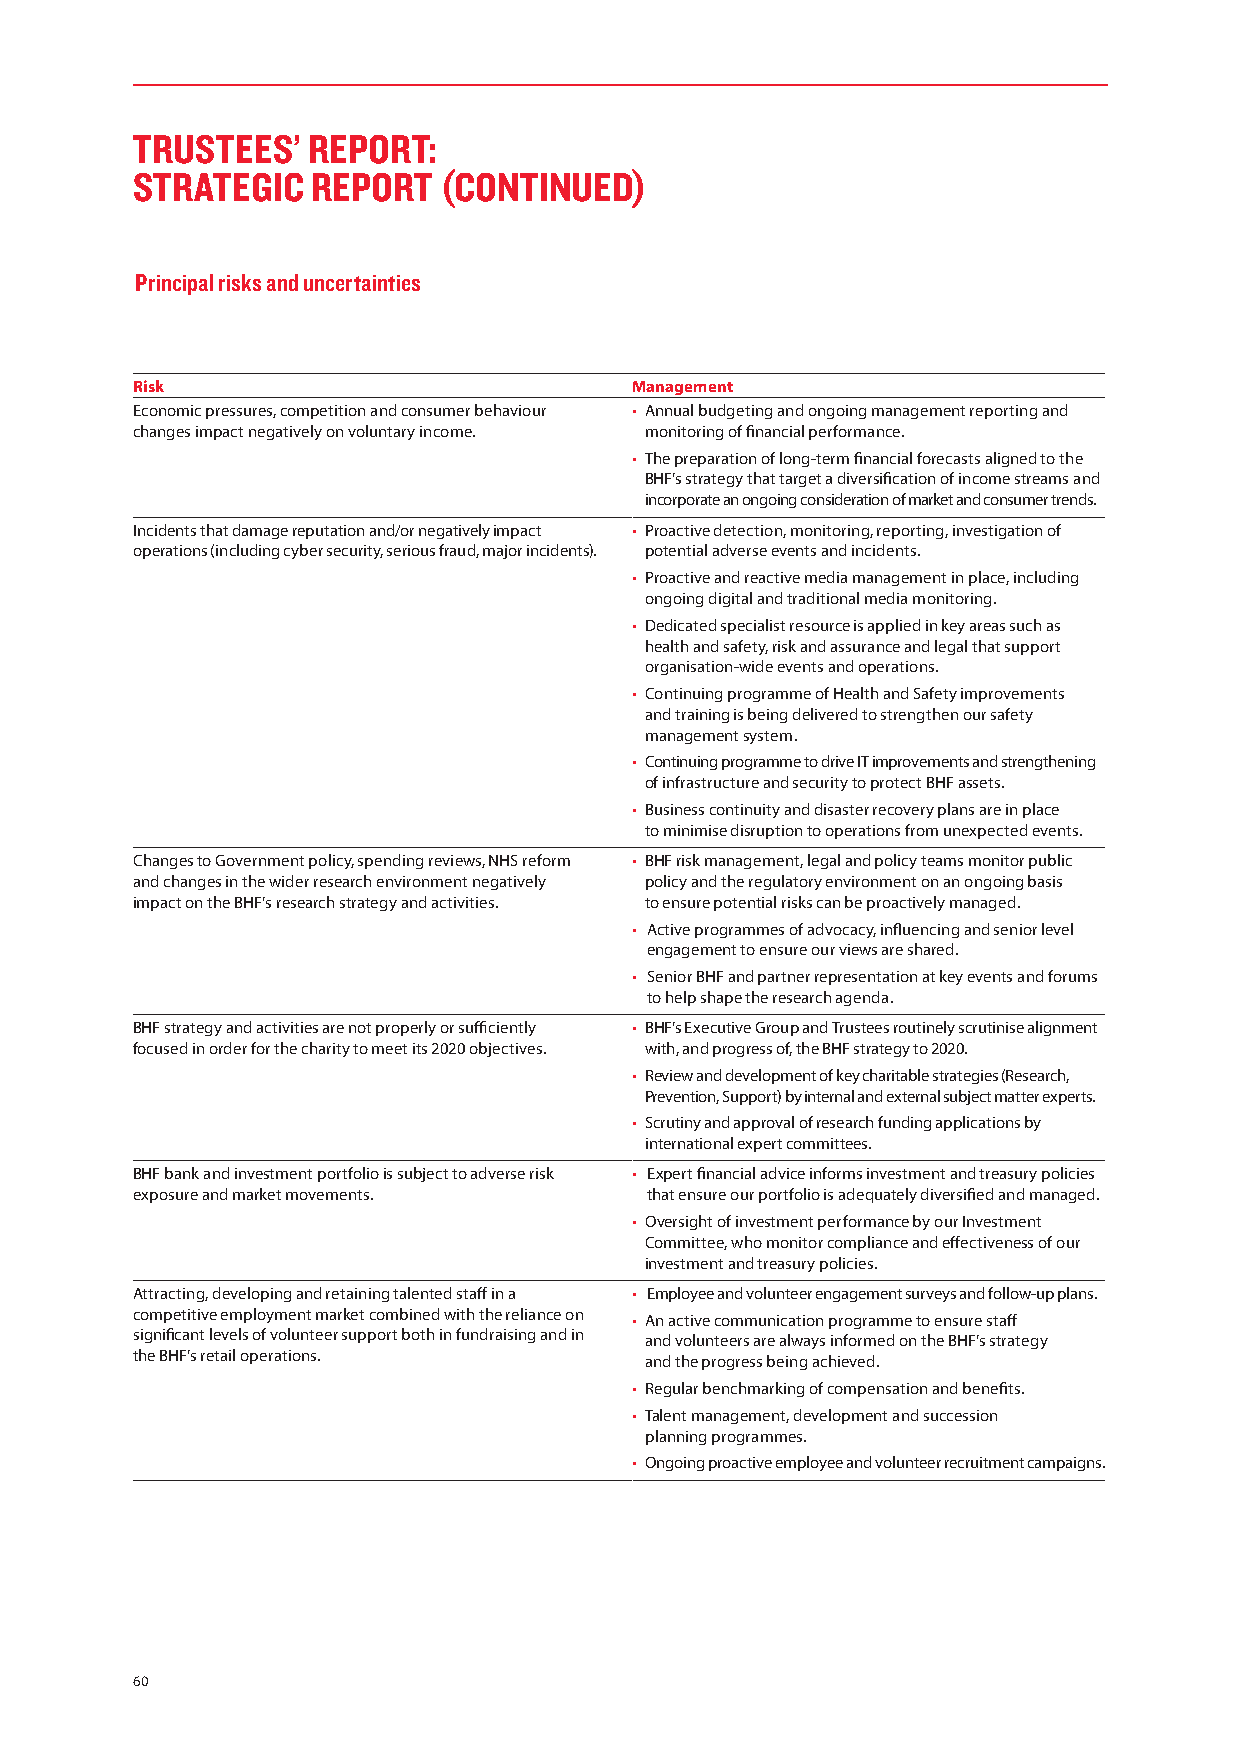
TRUSTEES’  REPORT:
 STRATEGIC   REPORT  (CONTINUED)
 Principal risks and uncertainties
 Risk                             Management
 Economic pressures, competition and consumer behaviour • Annual budgeting and ongoing management reporting and
 changes impact negatively on voluntary income. monitoring of financial performance.
 • The preparation of long-term financial forecasts aligned to the
 BHF’s strategy that target a diversification of income streams and
 incorporate an ongoing consideration of market and consumer trends.
 Incidents that damage reputation and/or negatively impact • Proactive detection, monitoring, reporting, investigation of
 operations (including cyber security, serious fraud, major incidents). potential adverse events and incidents.
 • Proactive and reactive media management in place, including
 ongoing digital and traditional media monitoring.
 • Dedicated specialist resource is applied in key areas such as
 health and safety, risk and assurance and legal that support
 organisation-wide events and operations.
 • Continuing programme of Health and Safety improvements
 and training is being delivered to strengthen our safety
 management system.
 • Continuing programme to drive IT improvements and strengthening
 of infrastructure and security to protect BHF assets.
 • Business continuity and disaster recovery plans are in place
 to minimise disruption to operations from unexpected events.
 Changes to Government policy, spending reviews, NHS reform • BHF risk management, legal and policy teams monitor public
 and changes in the wider research environment negatively policy and the regulatory environment on an ongoing basis
 impact on the BHF’s research strategy and activities. to ensure potential risks can be proactively managed.
 • Active programmes of advocacy, influencing and senior level
 engagement to ensure our views are shared.
 • Senior BHF and partner representation at key events and forums
 to help shape the research agenda.
 BHF strategy and activities are not properly or sufficiently • BHF’s Executive Group and Trustees routinely scrutinise alignment
 focused in order for the charity to meet its 2020 objectives. with, and progress of, the BHF strategy to 2020.
 • Review and development of key charitable strategies (Research,
 Prevention, Support) by internal and external subject matter experts.
 • Scrutiny and approval of research funding applications by
 international expert committees.
 BHF bank and investment portfolio is subject to adverse risk • Expert financial advice informs investment and treasury policies
 exposure and market movements.    that ensure our portfolio is adequately diversified and managed.
 • Oversight of investment performance by our Investment
 Committee, who monitor compliance and effectiveness of our
 investment and treasury policies.
 Attracting, developing and retaining talented staff in a • Employee and volunteer engagement surveys and follow-up plans.
 competitive employment market combined with the reliance on • An active communication programme to ensure staff
 significant levels of volunteer support both in fundraising and in and volunteers are always informed on the BHF’s strategy
 the BHF’s retail operations.      and the progress being achieved.
 • Regular benchmarking of compensation and benefits.
 • Talent management, development and succession
 planning programmes.
 • Ongoing proactive employee and volunteer recruitment campaigns.
 60